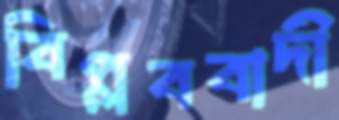
বিপ্লববাদী